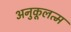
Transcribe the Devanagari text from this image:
अनुकूलत्म